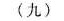
(九)